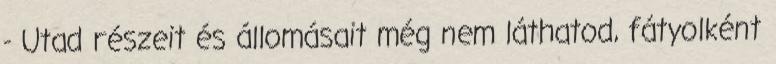
- Utad részeit és állomásait még nem láthatod, fátyolként